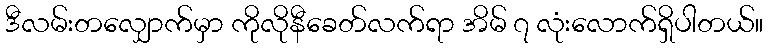
ဒီလမ်းတလျှောက်မှာ ကိုလိုနီခေတ်လက်ရာ အိမ် ၇ လုံးလောက်ရှိပါတယ်။